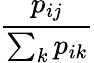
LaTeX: \frac{p_{ij}}{\sum_{k}p_{ik}}